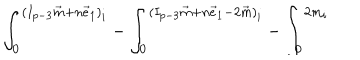
LaTeX: { \int _ { 0 } ^ { ( I _ { p - 3 } \vec { m } + n \vec { e } _ { 1 } ) _ { i } } - \int _ { 0 } ^ { ( I _ { p - 3 } \vec { m } + n \vec { e } _ { 1 } - 2 \vec { m } ) _ { i } } - \int _ { 0 } ^ { 2 m _ { i } } }